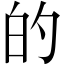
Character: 的